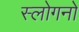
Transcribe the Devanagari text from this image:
स्लोगनों